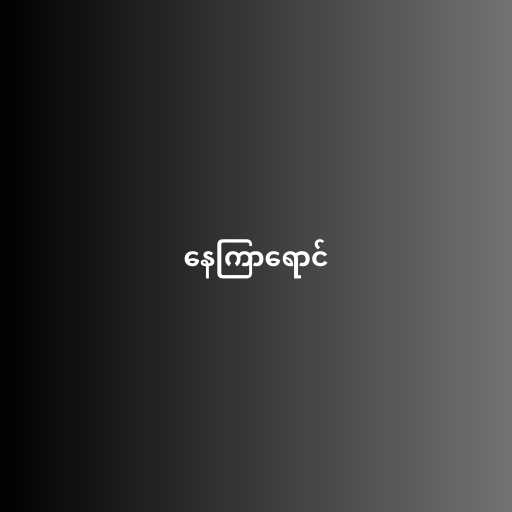
နေကြာရောင်